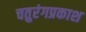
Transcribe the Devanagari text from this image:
चतुरंगप्रकाश